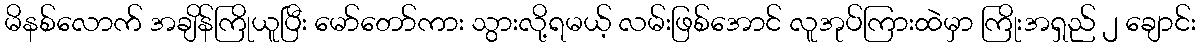
မိနစ်လောက် အချိန်ကြိုယူပြီး မော်တော်ကား သွားလို့ရမယ့် လမ်းဖြစ်အောင် လူအုပ်ကြားထဲမှာ ကြိုးအရှည် ၂ ချောင်း